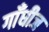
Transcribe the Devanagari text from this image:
गाँधीज